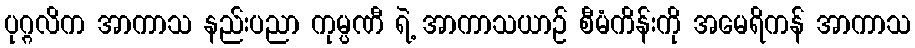
ပုဂ္ဂလိက အာကာသ နည်းပညာ ကုမ္ပဏီ ရဲ့ အာကာသယာဉ် စီမံကိန်းကို အမေရိကန် အာကာသ